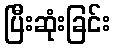
ပြီးဆုံးခြင်း